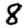
Digit: 8